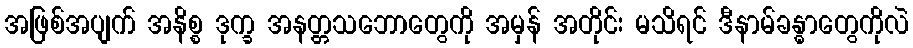
အဖြစ်အပျက် အနိစ္စ ဒုက္ခ အနတ္တသဘောတွေကို အမှန် အတိုင်း မသိရင် ဒီနာမ်ခန္ဓာတွေကိုလဲ